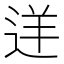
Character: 𨒫